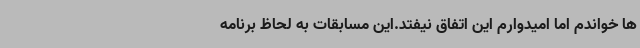
ها خواندم اما امیدوارم این اتفاق نیفتد.این مسابقات به لحاظ برنامه